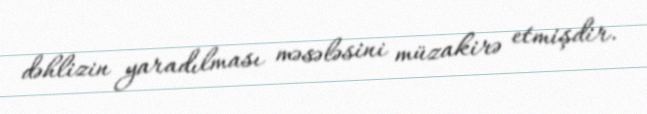
dəhlizin yaradılması məsələsini müzakirə etmişdir.